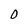
Character: 0